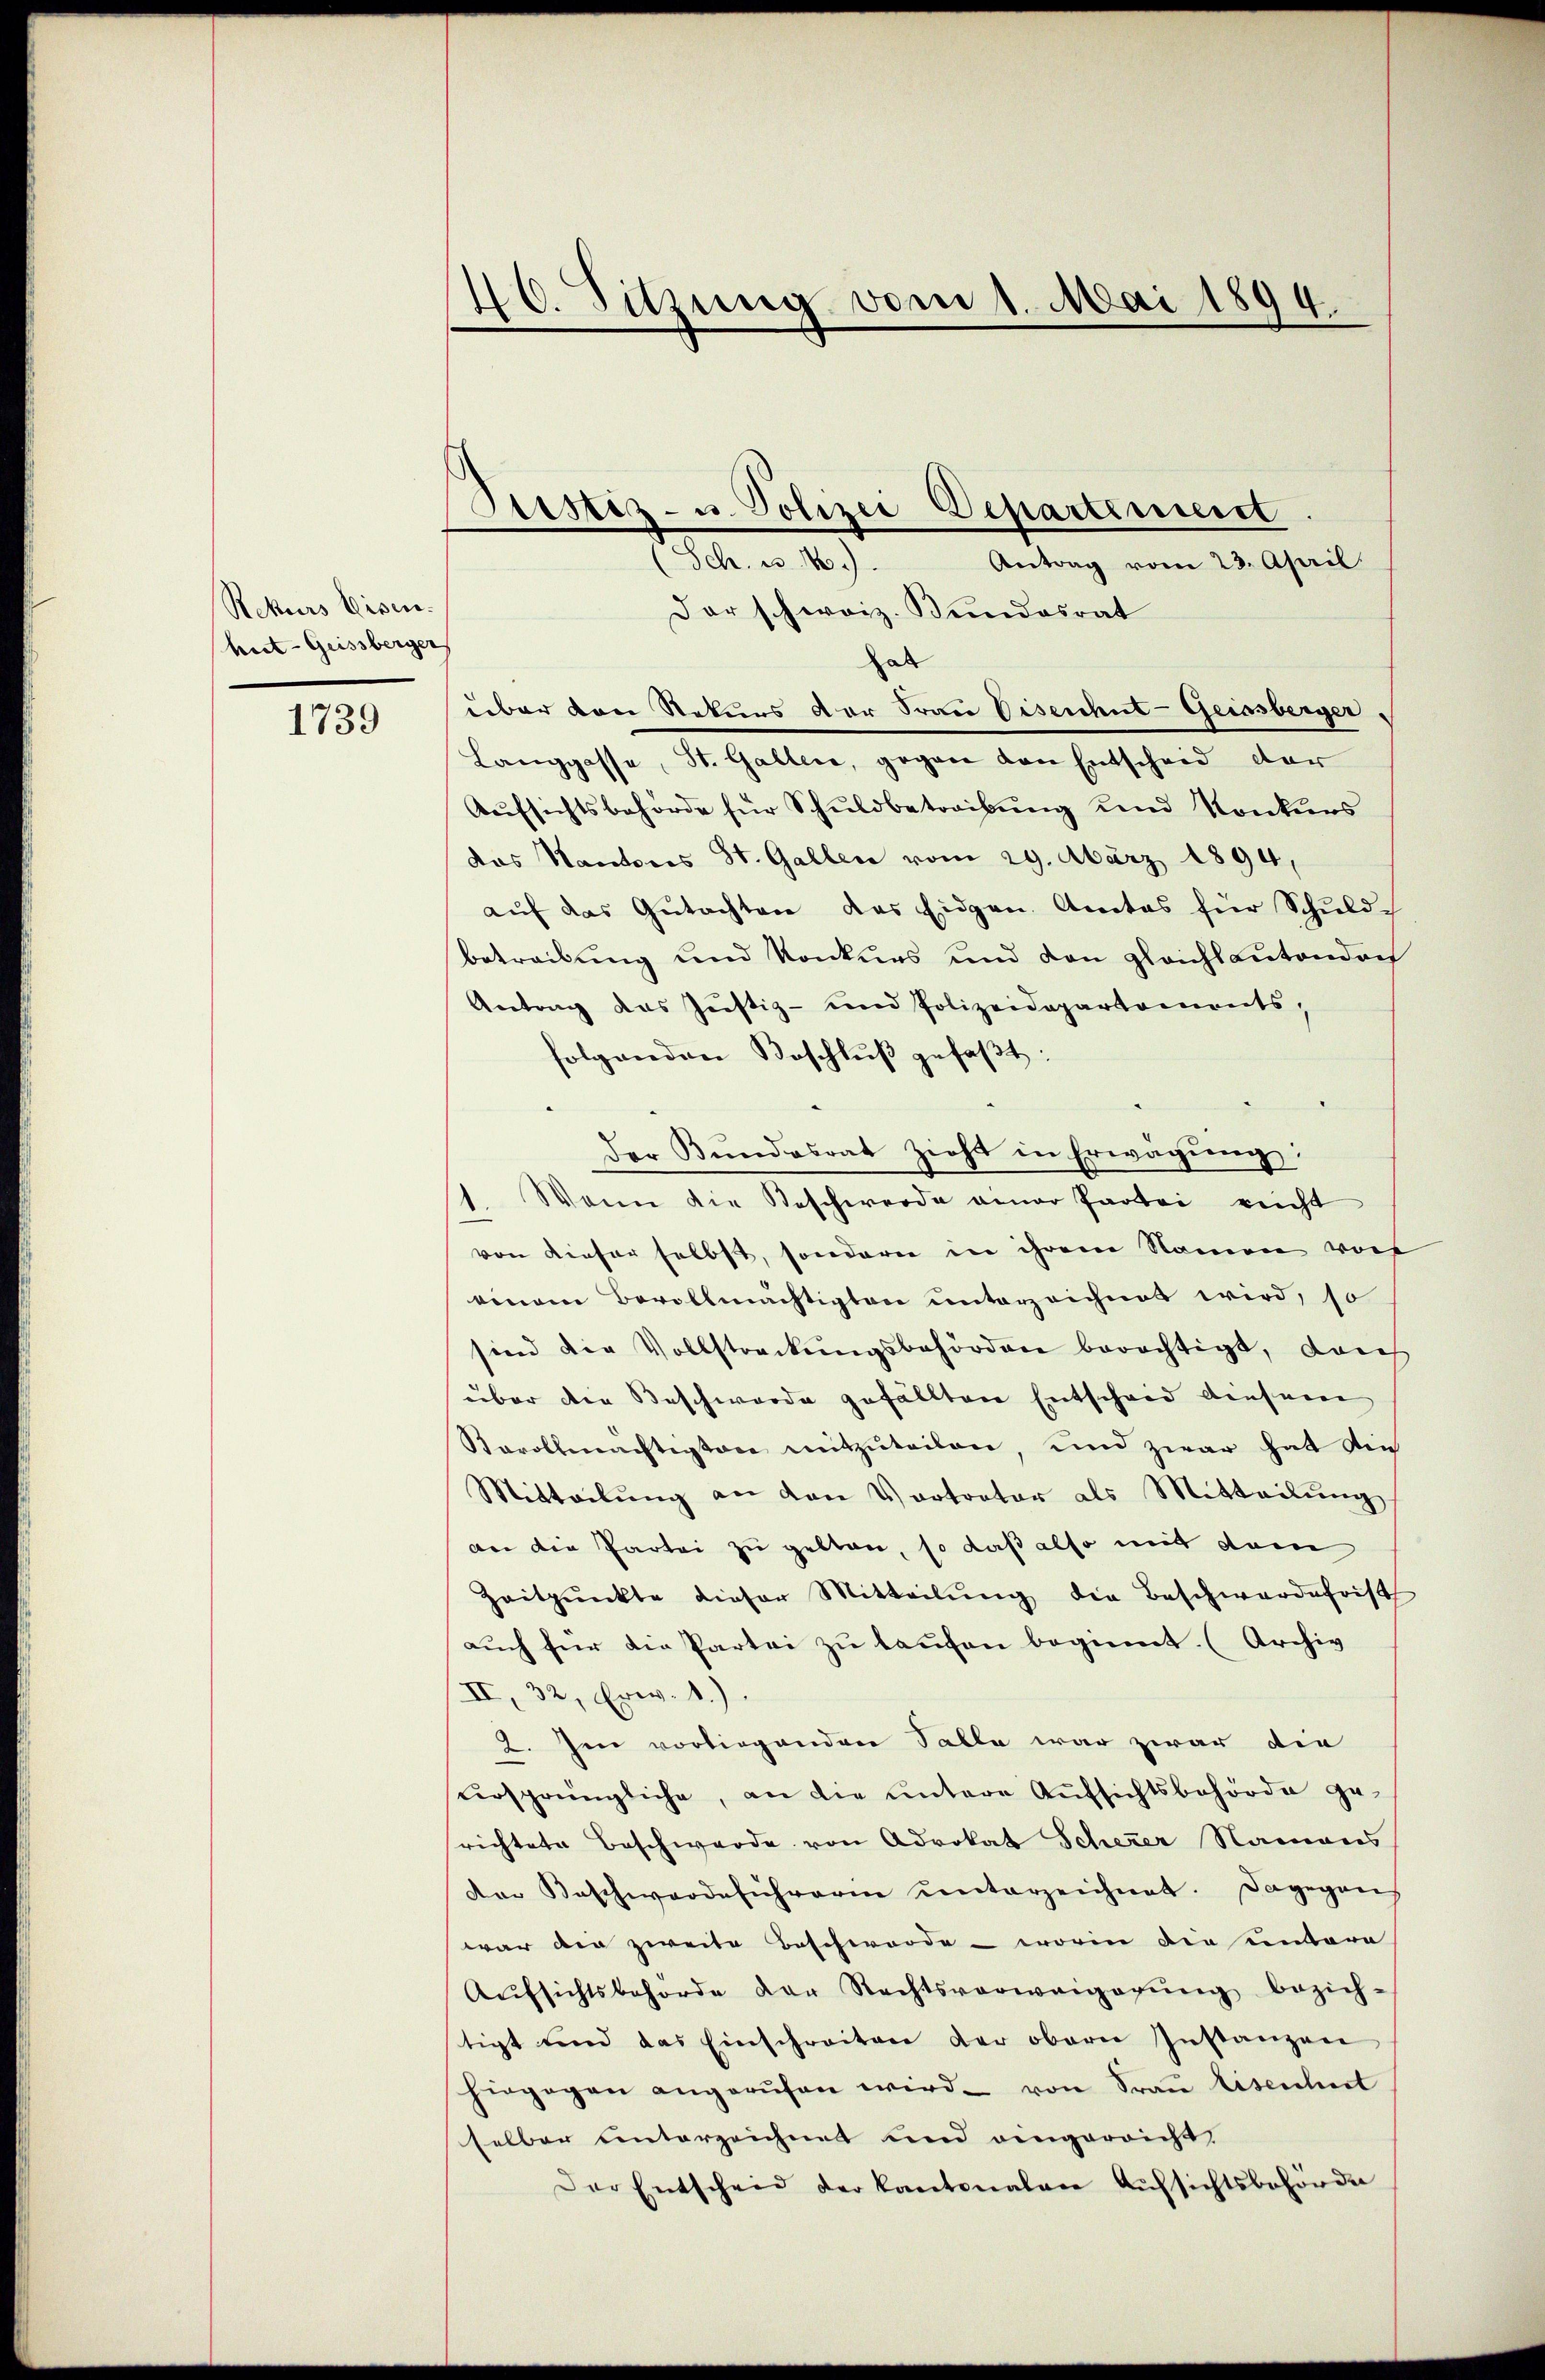
Rekurs Eisen.
hiet- Geissberger

1739

46. Sitzung vom 1. Mai 1894.

Sistiz- u. Polizei Departement
Sch. v. 10).

Antrag vom 23. April
Der schweiz. Bundesrat
al
über den Rekurs der Frau Disenhut- Geisberger,
Langgasse, St. Galler, gegen von Entscheid der
Aŭfsichtsbehörde für Schŭldbetreibŭng und Konkurs
das Kantons St. Gallen vom 29. März 1894,
aŭf das Gutachten das Eidgen. Amtes für Schuld-
betreibung und Konkurs und den gleichtantondoch
Antrag das Justiz- und Polizeidepartaments,
folgenden Beschlŭβ gefaβt.
Der Bundesrat zieht in Erwägung:
1. Wenn die Beschwerde einer Partei reicht
von dieser selbst, sondern in ihrem Namen vor
einem Bevollmächtigten unterzeichnet wird, so
sind die Vollstreckungsbehörden berechtigt, dach
über den Beschwerde gefällten Entschwed leichnere
Kavollmächtigten mitzŭteilen, und zwar hat die
Mitteilŭng an den Vortrator als Mitteilŭng
der die Partei zu gelten, so daß also mit dem
Zeitpunkte dieser Mitteilŭng die Beschwerdefrist
auch für die Partei zu laufen beginnt. (Archiv
II, 32, Erw. 1.)
2. Jen vorliegenden Falle war zwar die
ursprüngliche, an die untere Aufsichtsbehörde gerichtete Beschwerde von Advokat Scherer Namens
Aer Beschwerde sicherne ŭnterzeichnet. Dagegen
war die zweite Beschwerde - worin die eintere
Aŭfsichtsbehörde der Rechtsverweigerŭng bezieh-
tigt und das Einschreiten der obern Instanzen
hingegen angerŭfen wird. von Frau Eisenheit
selber unterzeichnet und eingereicht,
Der Entscheid der Kantonalen Aufsichtsbehörde